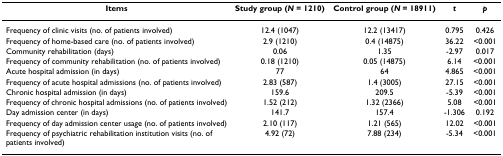
| Items | Study group (N = 1210) | Control group (N = 18911) | t | p |
 | --- | --- | --- | --- | --- |
 | Frequency of clinic visits (no. of patients involved) | 12.4 (1047) | 12.2 (13417) | 0.795 | 0.426 |
 | Frequency of home-based care (no. of patients involved) | 2.9 (1210) | 0.4 (14875) | 36.22 | <0.001 |
 | Community rehabilitation (days) | 0.06 | 1.35 | -2.97 | 0.017 |
 | Frequency of community rehabilitation (no. of patients involved) | 0.18 (1210) | 0.05 (14875) | 6.14 | <0.001 |
 | Acute hospital admission (in days) | 77 | 64 | 4.865 | <0.001 |
 | Frequency of acute hospital admissions (no. of patients involved) | 2.83 (587) | 1.4 (3005) | 27.15 | <0.001 |
 | Chronic hospital admission (in days) | 159.6 | 209.5 | -5.39 | <0.001 |
 | Frequency of chronic hospital admissions (no. of patients involved) | 1.52 (212) | 1.32 (2366) | 5.08 | <0.001 |
 | Day admission center (in days) | 141.7 | 157.4 | -1.306 | 0.192 |
 | Frequency of day admission center usage (no. of patients involved) | 2.10 (117) | 1.21 (565) | 12.02 | <0.001 |
 | Frequency of psychiatric rehabilitation institution visits (no. of patients involved) | 4.92 (72) | 7.88 (234) | -5.34 | <0.001 |